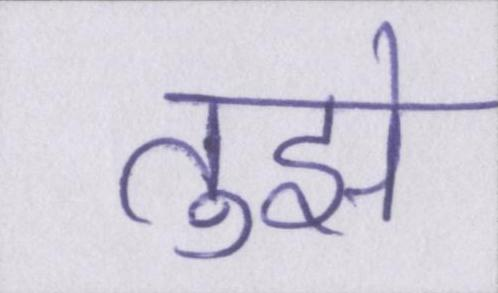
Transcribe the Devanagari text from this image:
तुझे